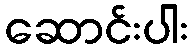
ဆောင်းပါး